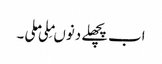
اب پچھلے دنوںمِلی ملی ۔